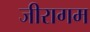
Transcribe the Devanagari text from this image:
जीरागम